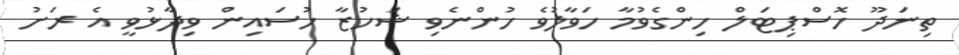
ތިނަދޫ ހޮސްޕިޓަލް ހިންގެވުމާ ހަވާލުވެ ހުންނެވި ޝަހުޒާ ހުސައިން ވިދާޅުވީ އެ ރަށު